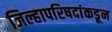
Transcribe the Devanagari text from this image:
जिल्हापरिषदांकडून